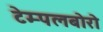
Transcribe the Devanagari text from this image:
टेम्पलबोरो